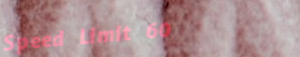
Speed Limit 60